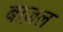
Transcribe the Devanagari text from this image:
बाज़ल